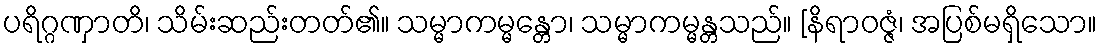
ပရိဂ္ဂဏှာတိ၊ သိမ်းဆည်းတတ်၏။ သမ္မာကမ္မန္တော၊ သမ္မာကမ္မန္တသည်။ [နိရာဝဇ္ဇံ၊ အပြစ်မရှိသော။